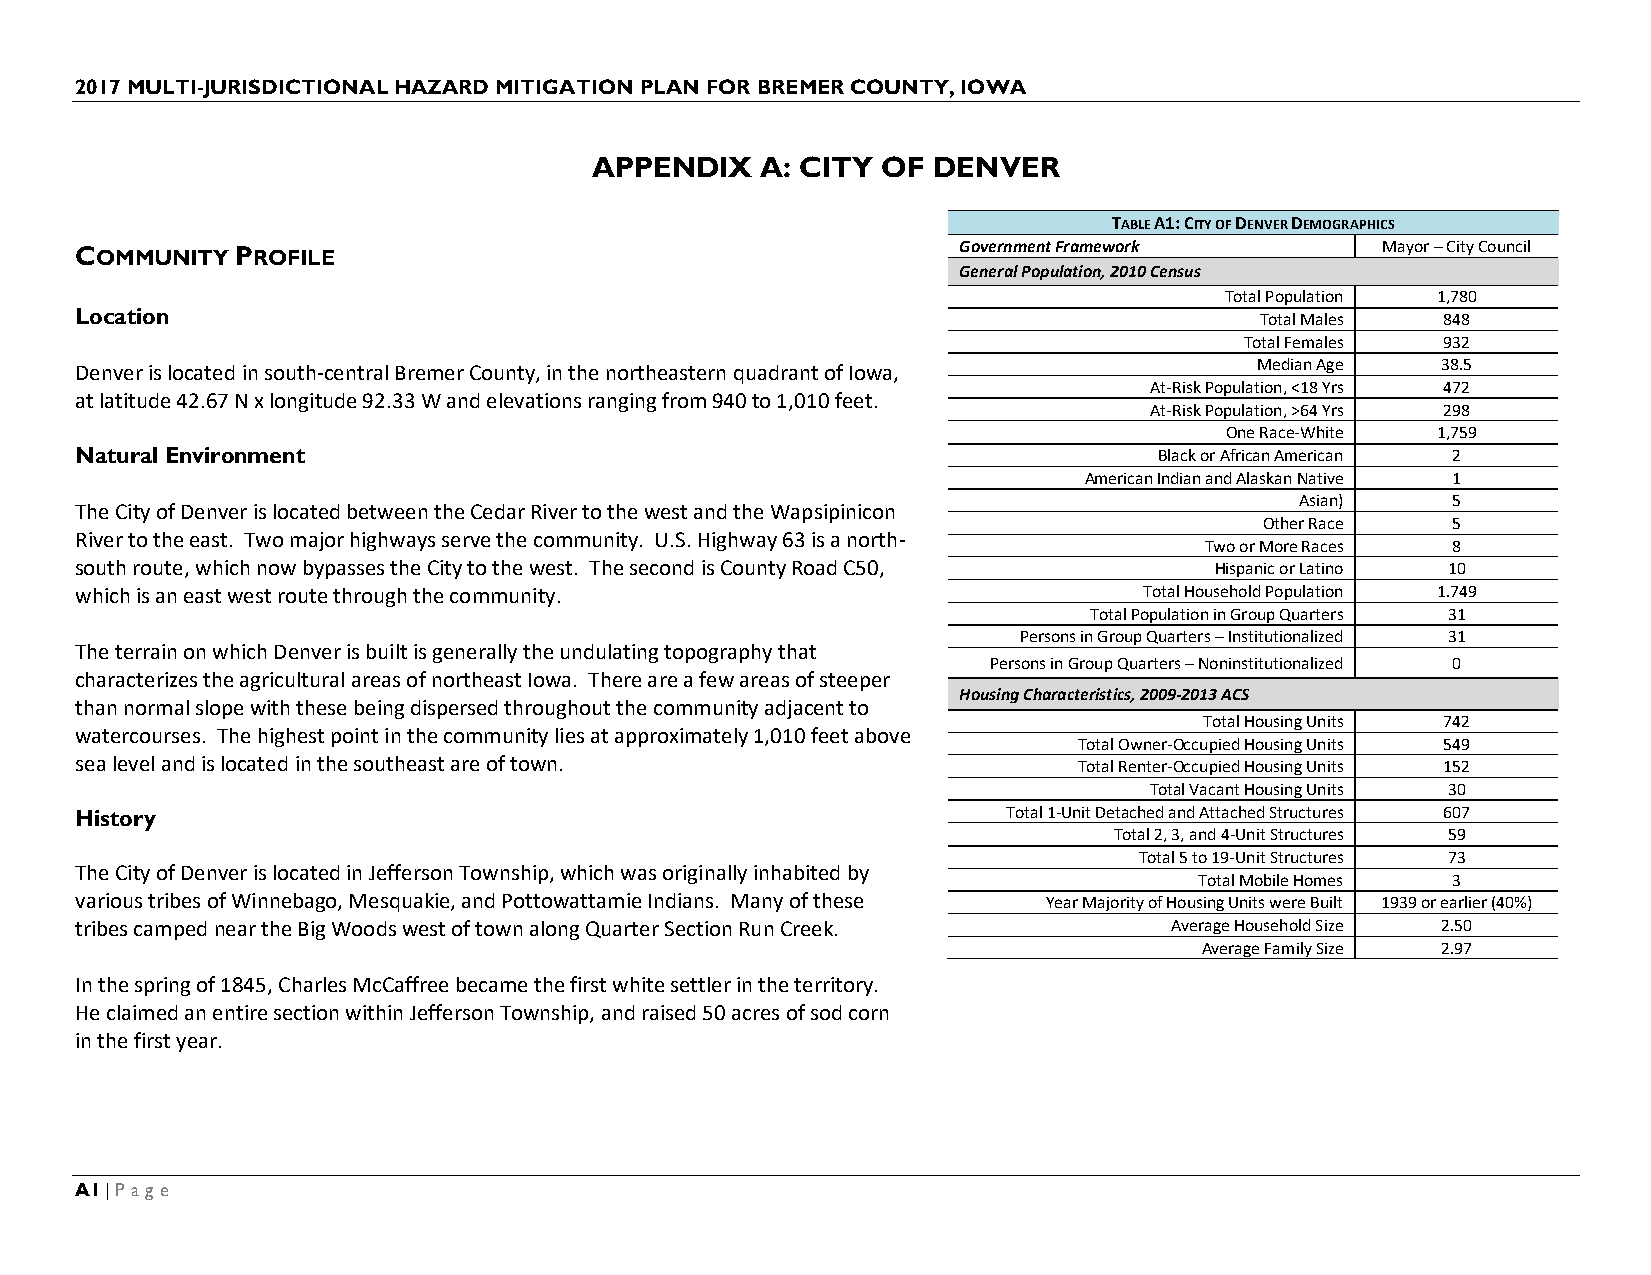
2017 MULTI-JURISDICTIONAL HAZARD MITIGATION PLAN FOR BREMER COUNTY, IOWA
 APPENDIX   A: CITY OF  DENVER
 TABLE A1: CITY OF DENVER DEMOGRAPHICS
 COMMUNITY  PROFILE                                        Government Framework        Mayor – City Council
 General Population, 2010 Census
 Total Population 1,780
 Location                                                                      Total Males 848
 Total Females 932
 Denver is located in south-central Bremer County, in the northeastern quadrant of Iowa, Median Age 38.5
 At-Risk Population, <18 Yrs 472
 at latitude 42.67 N x longitude 92.33 W and elevations ranging from 940 to 1,010 feet.
 At-Risk Population, >64 Yrs 298
 One Race-White 1,759
 Natural Environment                                                     Black or African American 2
 American Indian and Alaskan Native 1
 Asian)    5
 The City of Denver is located between the Cedar River to the west and the Wapsipinicon
 Other Race  5
 River to the east. Two major highways serve the community. U.S. Highway 63 is a north-
 Two or More Races 8
 south route, which now bypasses the City to the west. The second is County Road C50, Hispanic or Latino 10
 which is an east west route through the community.                     Total Household Population 1.749
 Total Population in Group Quarters 31
 Persons in Group Quarters – Institutionalized 31
 The terrain on which Denver is built is generally the undulating topography that
 Persons in Group Quarters – Noninstitutionalized 0
 characterizes the agricultural areas of northeast Iowa. There are a few areas of steeper
 Housing Characteristics, 2009-2013 ACS
 than normal slope with these being dispersed throughout the community adjacent to
 Total Housing Units 742
 watercourses. The highest point in the community lies at approximately 1,010 feet above
 Total Owner-Occupied Housing Units 549
 sea level and is located in the southeast are of town.            Total Renter-Occupied Housing Units 152
 Total Vacant Housing Units 30
 History                                                       Total 1-Unit Detached and Attached Structures 607
 Total 2, 3, and 4-Unit Structures 59
 Total 5 to 19-Unit Structures 73
 The City of Denver is located in Jefferson Township, which was originally inhabited by
 Total Mobile Homes 3
 various tribes of Winnebago, Mesquakie, and Pottowattamie Indians. Many of these Year Majority of Housing Units were Built 1939 or earlier (40%)
 tribes camped near the Big Woods west of town along Quarter Section Run Creek. Average Household Size 2.50
 Average Family Size 2.97
 In the spring of 1845, Charles McCaffree became the first white settler in the territory.
 He claimed an entire section within Jefferson Township, and raised 50 acres of sod corn
 in the first year.
 A1 | Page